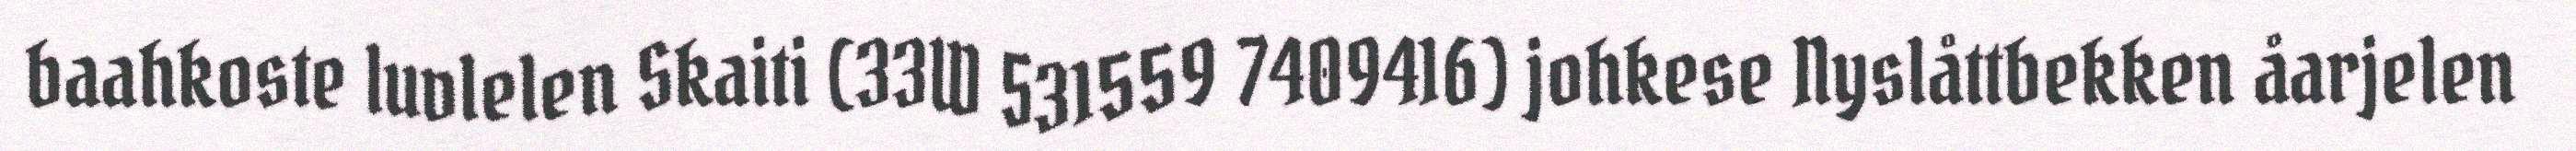
baahkoste luvlelen Skaiti (33W 531559 7409416) johkese Nyslåttbekken åarjelen